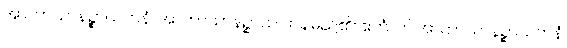
အာကာသာနဉ္စာယတနံ၊ အာကာသာနဉ္စာယ တနမည်၏။ ဧတံ၊ ဤအာကာသာနဉ္စာယတနံ